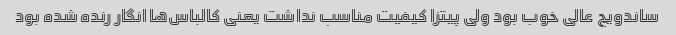
ساندویچ عالی خوب بود ولی پیتزا کیفیت مناسب نداشت یعنی کالباس‌ها انگار رنده شده بود